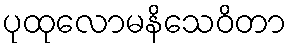
ပုထုလောမနိသေဝိတာ